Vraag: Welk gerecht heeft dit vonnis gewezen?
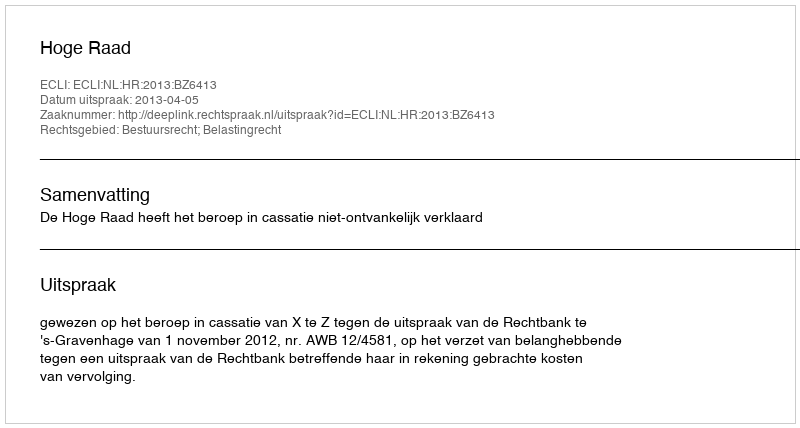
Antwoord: Hoge Raad